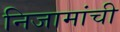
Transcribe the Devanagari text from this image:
निजामांची